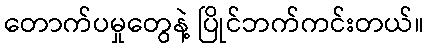
တောက်ပမှုတွေနဲ့ ပြိုင်ဘက်ကင်းတယ်။